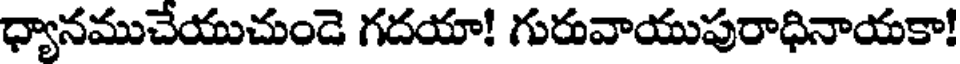
ధ్యానముచేయుచుండె గదయా! గురువాయుపురాధినాయకా!